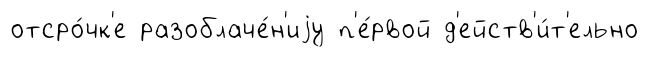
отсро́чк'е разоблаче́н'иjу п'е́рвой д'ейств'и́т'ельно